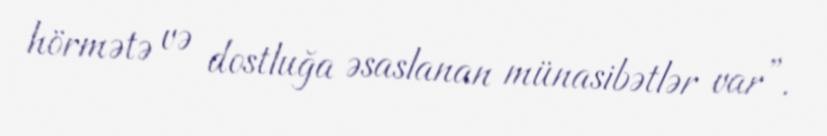
hörmətə və dostluğa əsaslanan münasibətlər var”.